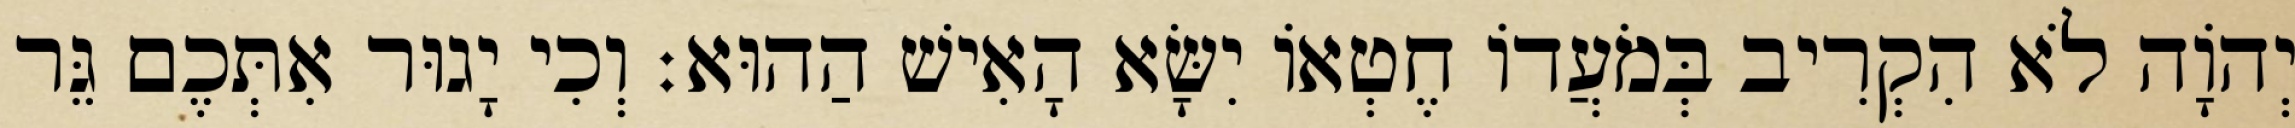
יְהֹוָה לֹא הִקְרִיב בְּמֹעֲדוֹ חֶטְאוֹ יִשָּׂא הָאִישׁ הַהוּא׃ וְכִי יָגוּר אִתְּכֶם גֵּר